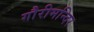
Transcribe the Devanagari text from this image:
गौरीमन्दिर